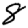
Digit: 8